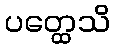
ပတ္ထေသိ